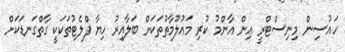
ހައުސިން މިނިސްޓްރީ އިން އާންމު ކުރި މައުލޫމާތުތަކަށް ބަލާއިރު ހިޔާ ފްލެޓުތަކަކީ ގާތްގަނޑަކަށް